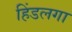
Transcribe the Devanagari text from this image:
हिंडलगा